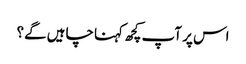
اس پر آپ کچھ کہنا چاہیں گے؟